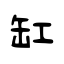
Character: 缸